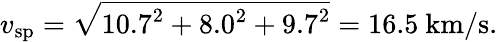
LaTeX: v_{\mathrm{sp}}={\sqrt{10.7^{2}+8.0^{2}+9.7^{2}}}=16.5~{\mathrm{km/s}}.